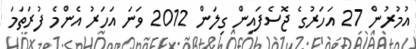
އުމުރުން 27 އަހަރުގެ ޖޮސެފައިން ގިލަން 2012 ވަނަ އަހަރު އެންމެ ފުރަތަމަ